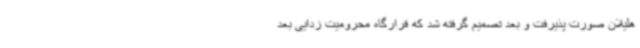
هلیلان صورت پذیرفت و بعد تصمیم گرفته شد که قرارگاه محرومیت زدایی بعد